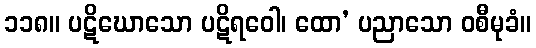
၁၁၈။ ပဋိဃောသော ပဋိရဝေါ၊ ထော’ ပညာသော ဝစီမုခံ။